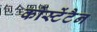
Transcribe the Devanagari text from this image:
कोंस्टेंटैन